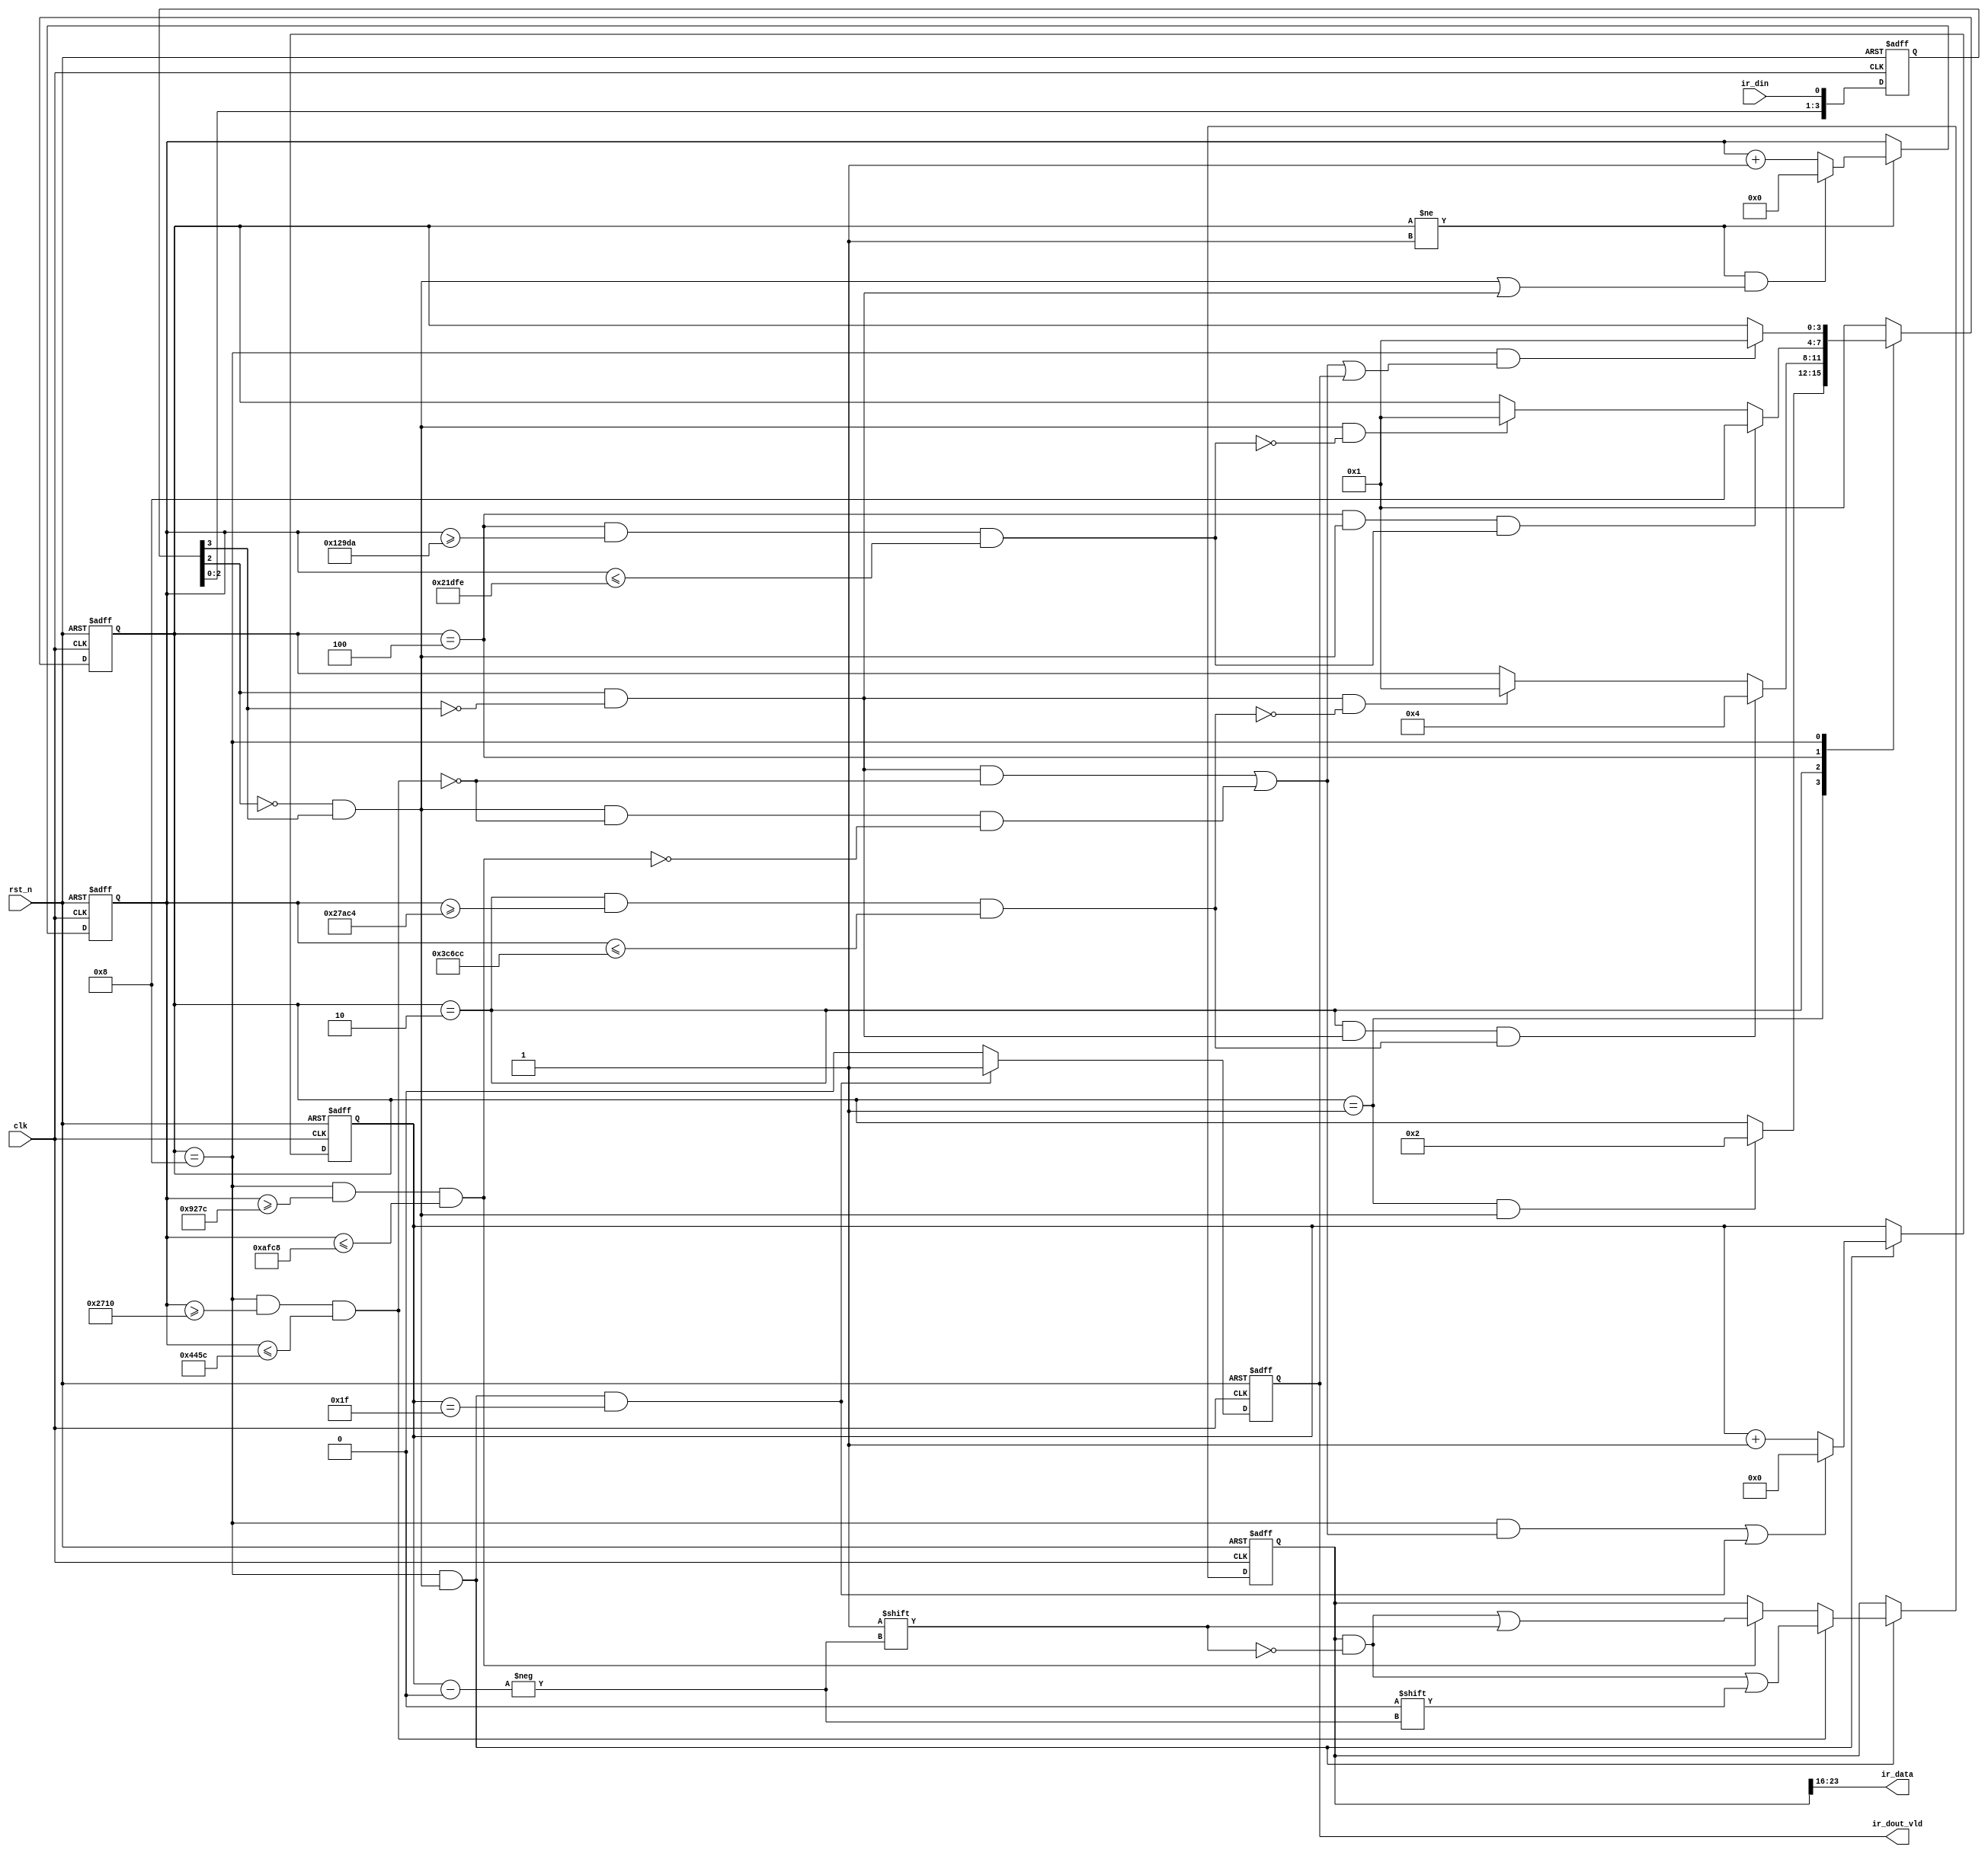
module  ir_decode(
        input                   clk                     ,
        input                   rst_n                   ,
        //ir
        input                   ir_din                  ,
        output  wire  [ 7: 0]   ir_data                 ,
        output  reg             ir_dout_vld 
);
//=====================================================================\
// ********** Define Parameter and Internal Signals *************
//=====================================================================/
//(9ms)+(16)+(8)+(8)
//"0" = 0.56ms + 0.56ms "1" = 0.56ms + 1.68ms   
//
//
parameter   MIN_9MS     =       19'd162_500                     ;//6.5ms
parameter   MAX_9MS     =       19'd247_500                     ;//9.9ms
parameter   MIN_4_5MS   =       19'd76_250                      ;//3.05ms
parameter   MAX_4_5MS   =       19'd138_750                     ;//5.55ms
parameter   MIN_560US   =       19'd10_000                      ;//400us
parameter   MAX_560US   =       19'd17_500                      ;//700us
parameter   MIN_1690US  =       19'd37_500                      ;//1500us
parameter   MAX_1690US  =       19'd45_000                      ;//1800us

parameter   IDLE        =       4'b0001                         ;
parameter   CHECK_T9MS  =       4'b0010                         ;
parameter   CHECK_T4_5MS=       4'b0100                         ;
parameter   DATA_DECODE =       4'b1000                         ;


reg     [31: 0]                 ir_dout                         ; 
reg     [ 3: 0]                 state_c                         ;
reg     [ 3: 0]                 state_n                         ;

reg     [ 3: 0]                 ir_din_r                        ;
wire                            ir_l2h                          ;
wire                            ir_h2l                          ; 

reg     [18: 0]                 cnt_clk                         ; 
wire                            add_cnt_clk                     ;
wire                            end_cnt_clk                     ; 
reg     [31: 0]                 cnt_data                        ;
wire                            add_cnt_data                    ;
wire                            end_cnt_data                    ;

wire                            check_9ms_start                 ;
wire                            check_4_5ms_start               ;
wire                            data_decode_start               ;
wire                            idle_start                      ; 

wire                            check_9ms_ok                    ; 
wire                            check_4_5ms_ok                  ; 
wire                            check_560us_ok                  ; 
wire                            check_1690us_ok                 ; 



//======================================================================
// ***************      Main    Code    ****************
//======================================================================
assign  ir_data     =       ir_dout[23:16];
//ir_din_r
always  @(posedge clk or negedge rst_n) begin
        if(rst_n == 1'b0)
            ir_din_r    <=      'd0;
        else
            ir_din_r    <=      {ir_din_r[2:0],ir_din};//43
end

assign  ir_h2l      =       (!ir_din_r[2]) && ir_din_r[3];
assign  ir_l2h      =       ir_din_r[2] && (!ir_din_r[3]);

//cnt_clk
always @(posedge clk or negedge rst_n)begin
    if(!rst_n)begin
        cnt_clk <= 0;
    end
    else if(add_cnt_clk)begin
        if(end_cnt_clk)
            cnt_clk <= 0;
        else
            cnt_clk <= cnt_clk + 1'b1;
    end
end

assign  add_cnt_clk     =       (state_c != IDLE); //      
assign  end_cnt_clk     =       add_cnt_clk && (ir_h2l || ir_l2h);  // 

assign  check_9ms_ok    =       (state_c == CHECK_T9MS) && (cnt_clk >= MIN_9MS) && (cnt_clk <= MAX_9MS);  //6.5-9.9ms
assign  check_4_5ms_ok  =       (state_c == CHECK_T4_5MS) && (cnt_clk >= MIN_4_5MS) && (cnt_clk <= MAX_4_5MS);
assign  check_560us_ok  =       (state_c == DATA_DECODE) && (cnt_clk >= MIN_560US) && (cnt_clk <= MAX_560US);
assign  check_1690us_ok =       (state_c == DATA_DECODE) && (cnt_clk >= MIN_1690US) && (cnt_clk <= MAX_1690US);



always@(posedge clk or negedge rst_n)begin
    if(!rst_n)begin
        state_c <= IDLE;
    end
    else begin
        state_c <= state_n;
    end
end


always@(*)begin
    case(state_c)
        IDLE:begin
            if(check_9ms_start)begin //
                state_n = CHECK_T9MS;
            end
            else begin
                state_n = state_c;
            end
        end
        CHECK_T9MS:begin
            if(check_4_5ms_start)begin  // 
                state_n = CHECK_T4_5MS;
            end
            else if(ir_l2h && (!check_9ms_ok))begin // 
                state_n = IDLE;
            end
            else begin
                state_n = state_c;  //
            end
        end
        CHECK_T4_5MS:begin
            if(data_decode_start)begin 
                state_n = DATA_DECODE;
            end
            else if(ir_h2l && (!check_4_5ms_ok))begin
                state_n = IDLE;
            end
            else begin
                state_n = state_c;
            end
        end
        DATA_DECODE:begin
            if(idle_start)begin
                state_n = IDLE;
            end
            else begin
                state_n = state_c;
            end
        end
        default:begin
            state_n = IDLE;
        end
    endcase
end

assign  check_9ms_start         =       (state_c == IDLE) && ir_h2l;
assign  check_4_5ms_start       =       (state_c == CHECK_T9MS) && ir_l2h && check_9ms_ok;
assign  data_decode_start       =       (state_c == CHECK_T4_5MS) && ir_h2l && check_4_5ms_ok;
assign  idle_start              =       (state_c == DATA_DECODE) && ((ir_l2h && !check_560us_ok) || (ir_h2l && !check_560us_ok && !check_1690us_ok) || ir_dout_vld);



//cnt_data
always @(posedge clk or negedge rst_n)begin
    if(!rst_n)begin
        cnt_data <= 0;
    end
    else if(add_cnt_data)begin
        if(end_cnt_data)
            cnt_data <= 0;
        else
            cnt_data <= cnt_data + 1;
    end
end

assign add_cnt_data = (state_c == DATA_DECODE) && ir_h2l;//
assign end_cnt_data = ((state_c == DATA_DECODE) && ((ir_l2h && !check_560us_ok) || (ir_h2l && !check_560us_ok && !check_1690us_ok))) || (add_cnt_data && (cnt_data == 32-1));   

//ir_dout_vld
always  @(posedge clk or negedge rst_n) begin
        if(rst_n == 1'b0)
            ir_dout_vld     <=      1'b0;
        else if(add_cnt_data && (cnt_data == 32-1))
            ir_dout_vld     <=      1'b1;
        else
            ir_dout_vld     <=      1'b0;
end

//ir_dout
always  @(posedge clk or negedge rst_n) begin
        if(rst_n == 1'b0)
            ir_dout     <=      'd0;
        else if(add_cnt_data)
            if(check_560us_ok)
                ir_dout[cnt_data]   <=      1'b0;
            else if(check_1690us_ok)
                ir_dout[cnt_data]   <=      1'b1;
end







endmodule